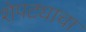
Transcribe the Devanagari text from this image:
शेपट्याचा